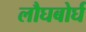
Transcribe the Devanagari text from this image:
लौघबोर्घ